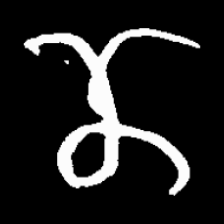
Pyu character \u2014 Myanmar letter: ဏ (romanized: nna)